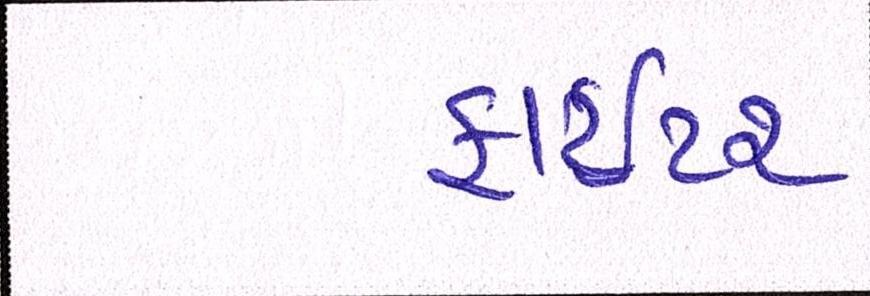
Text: ફાઈટર